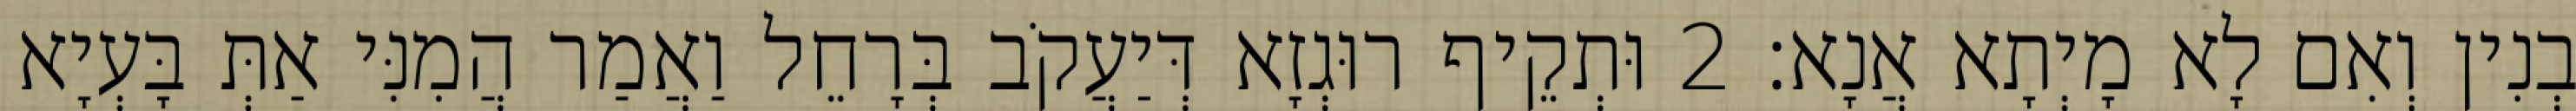
בְנִין וְאִם לָא מָיְתָא אֲנָא׃ 2 וּתְקֵיף רוּגְזָא דְּיַעֲקֹב בְּרָחֵל וַאֲמַר הֲמִנִּי אַתְּ בָּעְיָא